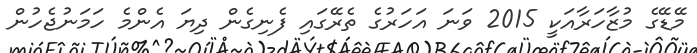
މޭޑޭގެ މުޒާހަރާއަކީ 2015 ވަނަ އަހަރުގެ ތެރޭގައި ފެނިގެން ދިޔަ އެންމެ ހަމަނުޖެހުން